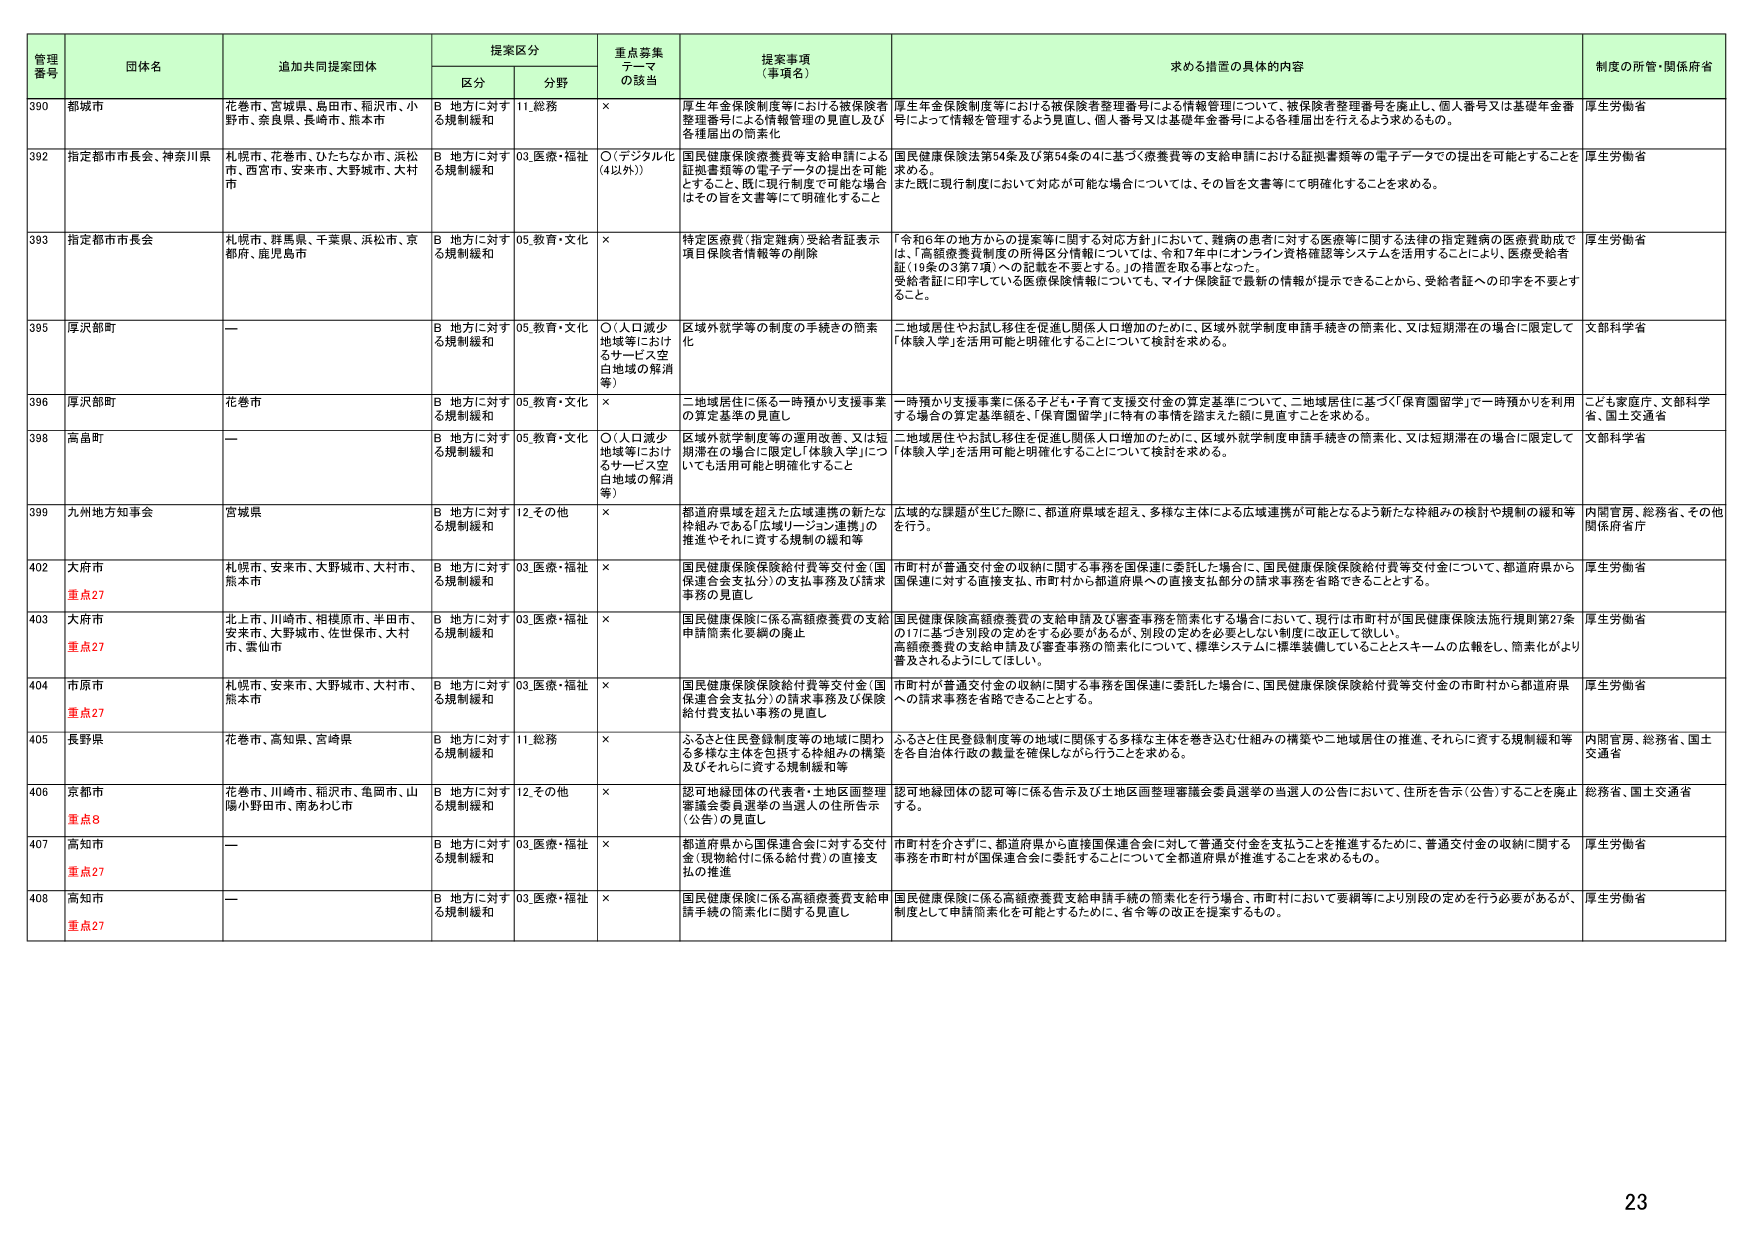
管理番号 団体名 追加共同提案団体 提案区分 重点募集テーマの該当 提案事項（事項名） 求める措置の具体的内容 制度の所管・関係府省
区分 分野
390 都城市 花巻市、宮城県、島田市、稲沢市、小野市、奈良県、長崎市、熊本市 B 地方に対する規制緩和 11.総務 × 厚生年金保険制度等における被保険者整理番号による情報管理等による情報管理等について、被保険者整理番号を廃止し、個人番号又は基礎年金番号によって情報を管理するよう見直し、個人番号又は基礎年金番号による各種届出を行うよう求めるもの。 厚生労働省
392 指定都市市長会、神奈川県 札幌市、花巻市、ひたちなか市、浜松市、西宮市、安来市、大野城市、大村市 B 地方に対する規制緩和 03.医療・福祉 ○（デジタル化（4以外）） 国民健康保険療養費等支給申請による証拠書類等の電子データの提出を可能とすること。既に現行制度で可能な場合はその旨を文書等にて明確化すること 国民健康保険法第54条及び第54条の4に基づく療養費等の支給申請における証拠書類等の電子データでの提出を可能とすることを求める。また既に現行制度において対応が可能な場合については、その旨を文書等にて明確化することを求める。 厚生労働省
393 指定都市市長会 札幌市、群馬県、千葉県、浜松市、京都府、鹿児島市 B 地方に対する規制緩和 05.教育・文化 × 特定医療費（指定難病）受給者証表示項目保険者情報等の削除 「令和6年の地方からの提案等に関する対応方針」において、難病の患者に対する医療等に関する法律の指定難病の医療費助成では、「高額療養費制度の所得区分情報については、令和7年中にオンライン資格確認等システムを活用することにより、医療受給者証（19条の3第7項）への記載を不要とする。」の措置を取る事となった。受給者証に印字している医療保険情報についても、マイナ保険証で最新の情報が提示できることから、受給者証への印字を不要とすること。 厚生労働省
395 厚沢部町 — B 地方に対する規制緩和 05.教育・文化 ○（人口減少地域等におけるサービス空白地域の解消等） 区域外就学等の制度の手続きの簡素化 二地域居住やお試し移住を促進し関係人口増加のために、区域外就学制度申請手続きの簡素化、又は短期滞在の場合に限定して「体験入学」を活用可能と明確化することについて検討を求める。 文部科学省
396 厚沢部町 花巻市 B 地方に対する規制緩和 05.教育・文化 × 二地域居住に係る一時預かり支援事業の算定基準の見直し 一時預かり支援事業に係る子ども・子育て支援交付金の算定基準について、二地域居住に基づく「保育園留学」で一時預かりを利用する場合の算定基準額を、「保育園留学」に特有の事情を踏まえた額に見直すことを求める。 こども家庭庁、文部科学省、国土交通省
398 高畠町 — B 地方に対する規制緩和 05.教育・文化 ○（人口減少地域等におけるサービス空白地域の解消等） 区域外就学制度等の運用改善、又は短期滞在の場合に限定し「体験入学」についても活用可能と明確化すること 二地域居住やお試し移住を促進し関係人口増加のために、区域外就学制度申請手続きの簡素化、又は短期滞在の場合に限定して「体験入学」を活用可能と明確化することについて検討を求める。 文部科学省
399 九州地方知事会 宮城県 B 地方に対する規制緩和 12.その他 × 都道府県域を超えた広域連携の新たな枠組みである「広域リージョン連携」の推進やそれに資する規制の緩和等 広域的な課題が生じた際に、都道府県域を超え、多様な主体による広域連携が可能となるよう新たな枠組みの検討や規制の緩和等を行う。 内閣官房、総務省、その他関係府省庁
402 大府市 重点27 札幌市、安来市、大野城市、大村市、熊本市 B 地方に対する規制緩和 03.医療・福祉 × 国民健康保険保険給付費等交付金（国保連合会支払分）の支払事務及び請求事務の見直し 市町村が普通交付金の収納に関する事務を国保連に委託した場合に、国民健康保険保険給付費等交付金について、都道府県から国保連に対する直接支払、市町村から都道府県への直接支払部分の請求事務を省略できることとする。 厚生労働省
403 大府市 重点27 北上市、川崎市、相模原市、半田市、安来市、大野城市、佐世保市、大村市、雲仙市 B 地方に対する規制緩和 03.医療・福祉 × 国民健康保険に係る高額療養費の支給申請簡素化要綱の廃止 国民健康保険高額療養費の支給申請及び審査事務を簡素化する場合において、現行は市町村が国民健康保険法施行規則第27条の17に基づき別段の定めをする必要があるが、別段の定めを必要としない制度に改正して欲しい。高額療養費の支給申請及び審査事務の簡素化について、標準システムに標準装備していることとスキームの広報をし、簡素化がより普及されるようにしてほしい。 厚生労働省
404 市原市 重点27 札幌市、安来市、大野城市、大村市、熊本市 B 地方に対する規制緩和 03.医療・福祉 × 国民健康保険保険給付費等交付金（国保連合会支払分）の請求事務及び保険給付費支払い事務の見直し 市町村が普通交付金の収納に関する事務を国保連に委託した場合に、国民健康保険保険給付費等交付金の市町村から都道府県への請求事務を省略できることとする。 厚生労働省
405 長野県 花巻市、高知県、宮崎県 B 地方に対する規制緩和 11.総務 × ふるさと住民登録制度等の地域に関わる多様な主体を包括する枠組みの構築及びそれらに資する規制緩和等 ふるさと住民登録制度等の地域に関係する多様な主体を巻き込む仕組みの構築や二地域居住の推進、それらに資する規制緩和等を各自治体行政の裁量を確保しながら行うことを求める。 内閣官房、総務省、国土交通省
406 京都市 重点8 花巻市、川崎市、稲沢市、亀岡市、山陽小野田市、南あわじ市 B 地方に対する規制緩和 12.その他 × 認可地縁団体の代表者・土地区画整理審議会委員選挙の当選人の住所告示（公告）の見直し 認可地縁団体の認可等に係る告示及び土地区画整理審議会委員選挙の当選人の公告において、住所を告示（公告）することを廃止する。 総務省、国土交通省
407 高知市 重点27 — B 地方に対する規制緩和 03.医療・福祉 × 都道府県から国保連合会に対する交付金（現物給付に係る給付費）の直接支払の推進 市町村を介さずに、都道府県から直接国保連合会に対して普通交付金を支払うことを推進するために、普通交付金の収納に関する事務を市町村が国保連合会に委託することについて全都道府県が推進することを求めるもの。 厚生労働省
408 高知市 重点27 — B 地方に対する規制緩和 03.医療・福祉 × 国民健康保険に係る高額療養費支給申請手続の簡素化に関する見直し 国民健康保険に係る高額療養費支給申請手続の簡素化を行う場合、市町村において要綱等により別段の定めを行う必要があるが、制度として申請簡素化を可能とするために、省令等の改正を提案するもの。 厚生労働省
23